Jaan_Tonisson_(Lasteleht), lk 110
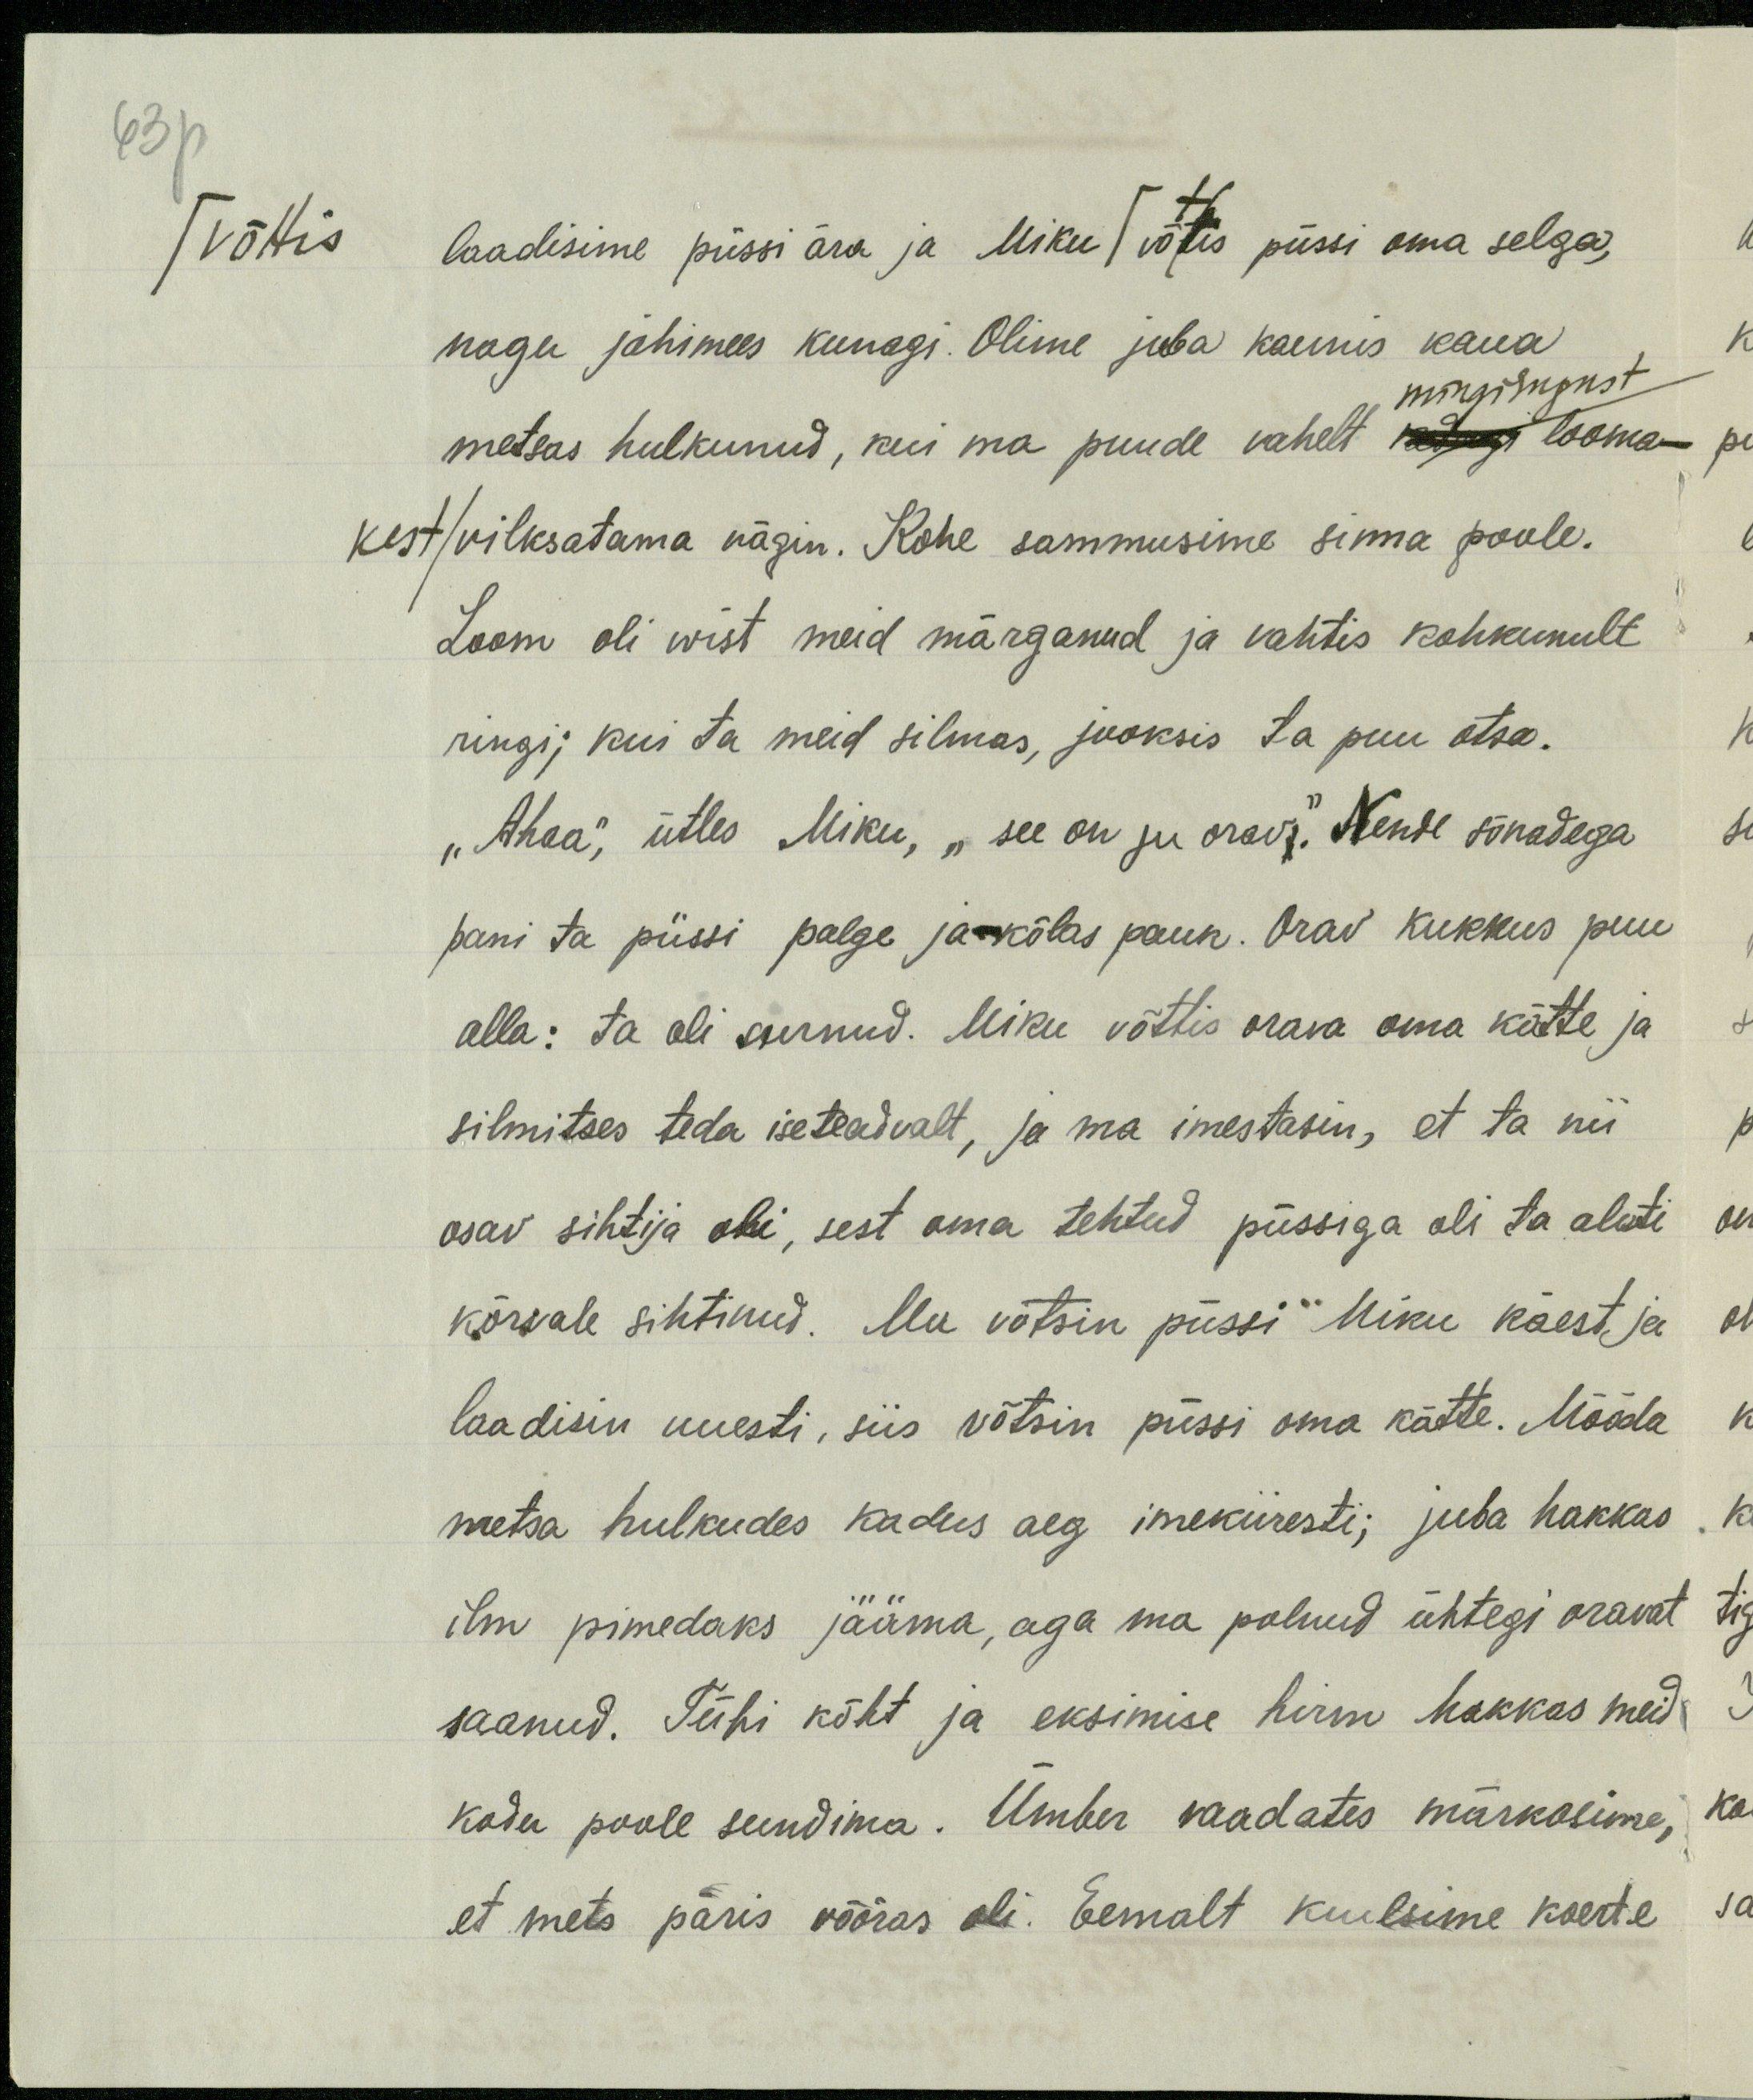
63p
/võttis
laadisime püssi ära ja Miku / võttis püssi oma selga,
nagu jahimees kunagi. Olime juba kaunis kaua
mingisugust
metsas hulkunud, kui ma puude vahelt väljaga looma-
kest/vilksatama nägin. Kohe sammusime sinna poole.
Loom oli wist meid märganud ja vahtis kohkunult
ringi, kui ta meid silmas, jooksis ta puu otsa.
„Ahaa, ütles Miku, "see on ju orav". Nende sõnadega
pani ta püssi palge ja kõlas pauk. Orav kukkus puu
alla: ta oli surnud. Miku võttis orava oma kätte ja
silmitses teda iseteadvalt, ja ma imestasin, et ta nii
osav sihtija oli, sest oma tehtud püssiga oli ta alati
kõrvale sihtinud. Ma võtsin püssi Miku käest ja
laadisin uuesti, siis võtsin püssi oma kätte. Mööda
metsa hulkudes kadus aeg imekiiresti; juba hakkas
ilm pimedaks jääma, aga ma polnud ühtegi oravat
saanud. Tühi kõht ja eksimise hirm hakkas meid
kodu poole sundima. Ümber vaadates märkasime,
et mets päris võõras oli. Eemalt kuulsime koerte